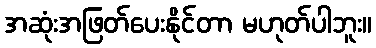
အဆုံးအဖြတ်ပေးနိုင်တာ မဟုတ်ပါဘူး။